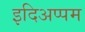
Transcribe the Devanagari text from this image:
इदिअप्पम